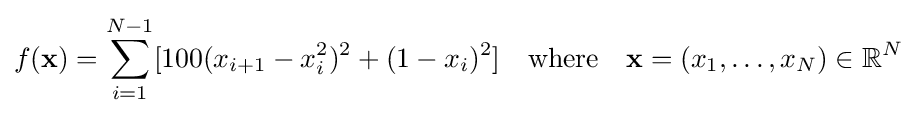
f(\mathbf {x} )=\sum _{i=1}^{N-1}[100(x_{i+1}-x_{i}^{2})^{2}+(1-x_{i})^{2}]\quad {\mbox{where}}\quad \mathbf {x} =(x_{1},\ldots ,x_{N})\in \mathbb {R} ^{N}